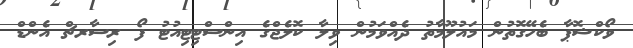
ވޯކްޝޮޕާ ބެހޭގޮތުން މައުލޫމާތު ދެއްވަމުން ވިލާ ކޮލެޖްގެ އިންސްޓިޓިއުޓު ފޯ ރިސާރޗް އެންޑް